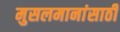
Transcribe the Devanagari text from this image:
मुसलमानांसाठी